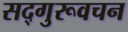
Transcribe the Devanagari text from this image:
सद्गुरूवचन